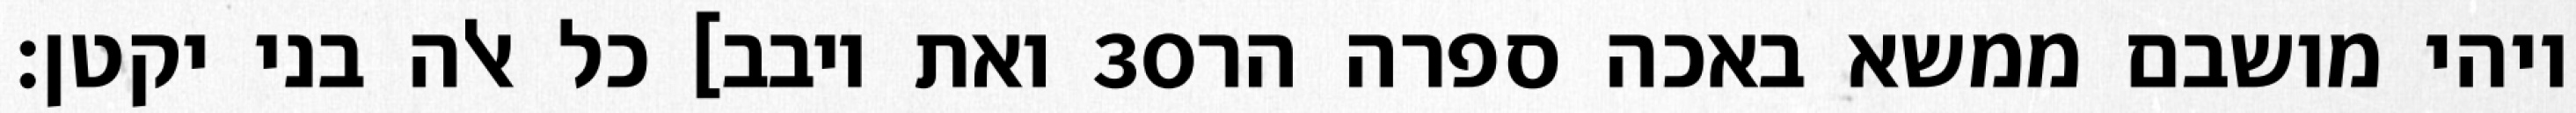
ואת יובב] כל אלה בני יקטן׃ ‎30‏ ויהי מושבם ממשא באכה ספרה הר